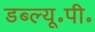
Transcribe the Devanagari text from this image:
डब्ल्यू॰पी॰